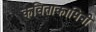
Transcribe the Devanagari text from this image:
कविताकामिनी